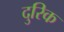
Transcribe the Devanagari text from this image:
दुरिक